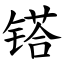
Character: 𨱏